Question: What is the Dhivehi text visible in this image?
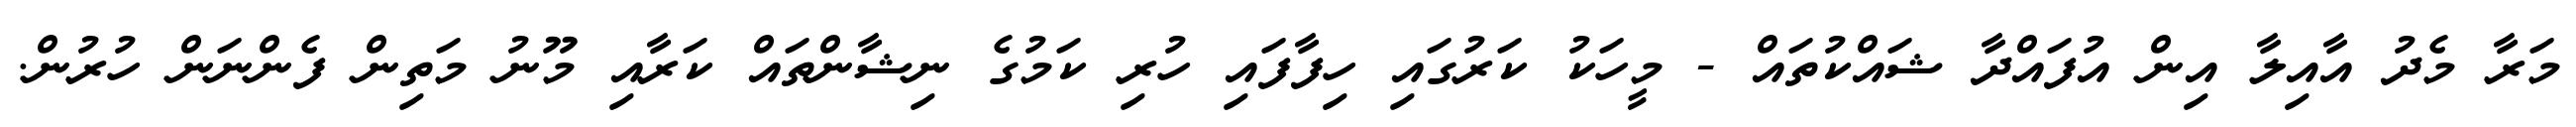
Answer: މަރާ މެދު އާއިލާ އިން އުފައްދާ ޝައްކުތައް - މީހަކު ކަރުގައި ހިފާފައި ހުރި ކަމުގެ ނިޝާންތައް ކަރާއި މޫނު މަތިން ފެންނަން ހުރުން.